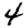
Digit: 4